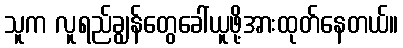
သူက လူရည်ချွန်တွေခေါ်ယူဖို့အားထုတ်နေတယ်။